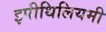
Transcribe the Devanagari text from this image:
इपीथिलियमी